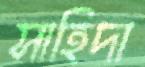
সাহিদা